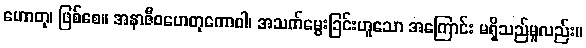
ဟောတု၊ ဖြစ်စေ။ အနာဇီဝဟေတုကောဝါ၊ အသက်မွေးခြင်းဟူသော အကြောင်း မရှိသည်မူလည်း။